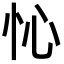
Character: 㤈